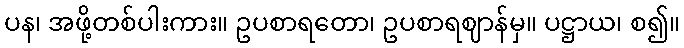
ပန၊ အဖို့တစ်ပါးကား။ ဥပစာရတော၊ ဥပစာရဈာန်မှ။ ပဋ္ဌာယ၊ စ၍။